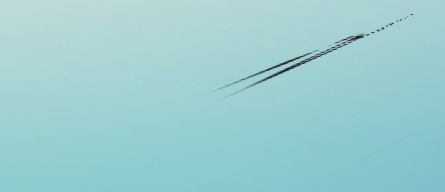
صيدلية العربية